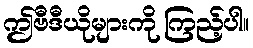
ဤဗီဒီယိုများကို ကြည့်ပါ။